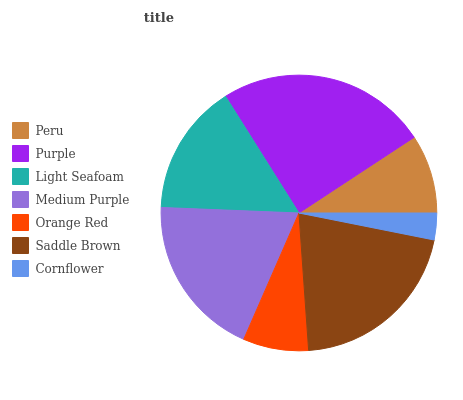
| Peru | Purple | Light Seafoam | Medium Purple | Orange Red | Saddle Brown | Cornflower |
 | --- | --- | --- | --- | --- | --- | --- |
 | 9.27% | 24.7% | 15.4% | 19.1% | 7.68% | 20.7% | 3.14% |